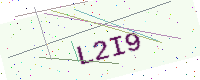
Text: L2I9